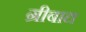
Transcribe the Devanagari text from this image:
ग्रीबाद्य